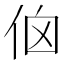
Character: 𠈈